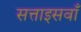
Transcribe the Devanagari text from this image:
सत्ताइसवाँ